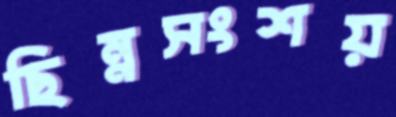
ছিন্নসংশয়